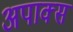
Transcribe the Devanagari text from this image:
अपाक्स